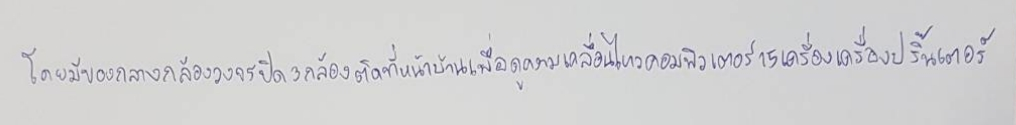
โดยมีของกลางกล้องวงจรปิด3กล้องติดที่หน้าบ้านเพื่อดูความเคลื่อนไหวคอมพิวเตอร์15เครื่องเครื่องปริ๊นเตอร์